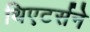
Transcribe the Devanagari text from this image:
थिएटर्सने